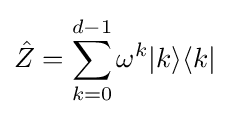
{\hat {Z}}=\sum _{k=0}^{d-1}\omega ^{k}|k\rangle \langle k|